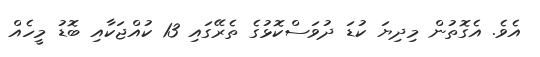
އެވެ. އެގޮތުން މިދިޔަ ކުޑަ ދުވަސްކޮޅުގެ ތެރޭގައި 13 ކުއްޖަކާއި ބޮޑު މީހެއް